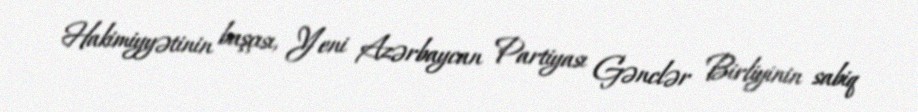
Hakimiyyətinin başçısı, Yeni Azərbaycan Partiyası Gənclər Birliyinin sabiq